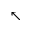
\nwarrow